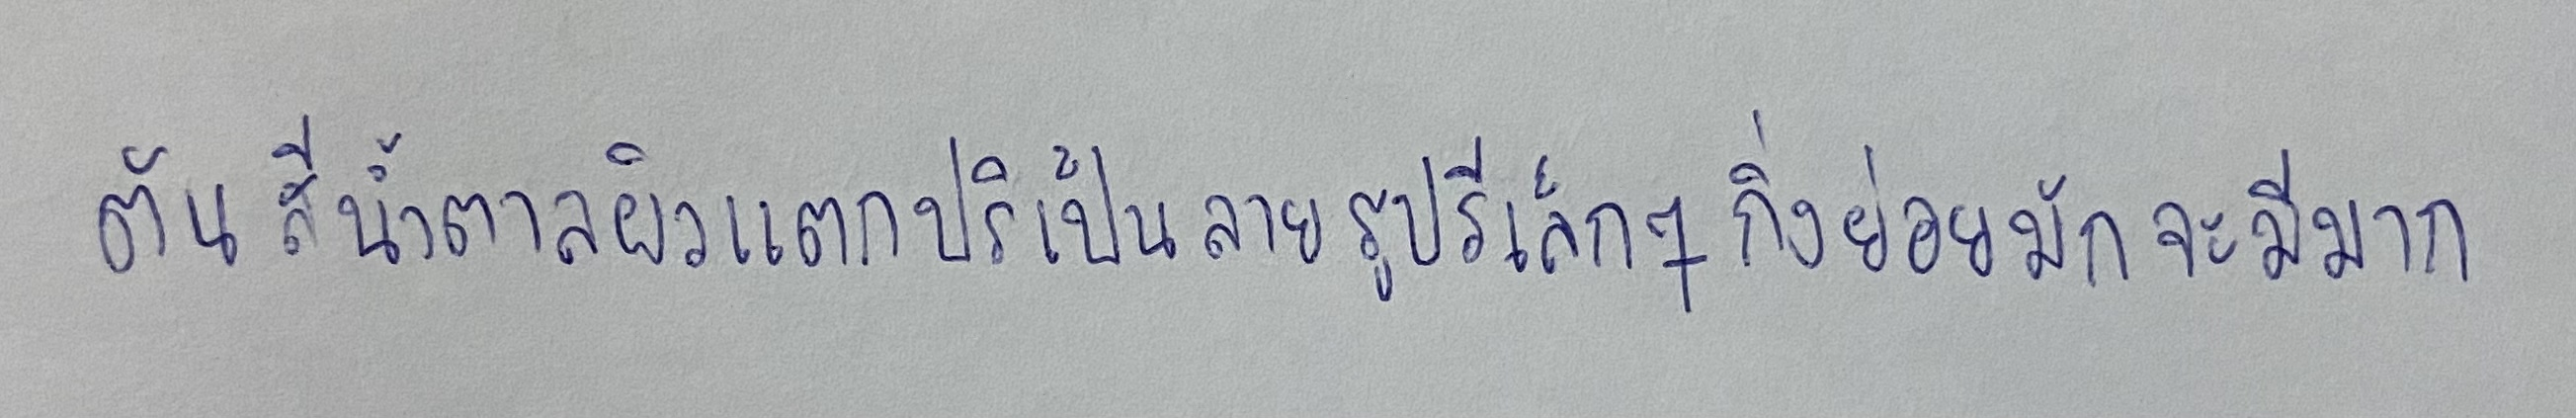
ต้นสีน้ำตาลผิวแตกปริเป็นลายรูปรีเล็กๆกิ่งย่อยมักจะมีมาก